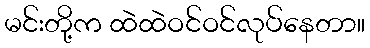
မင်းတို့က ထဲထဲဝင်ဝင်လုပ်နေတာ။